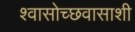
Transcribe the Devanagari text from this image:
श्वासोच्छवासाशी